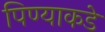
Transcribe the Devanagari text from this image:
पिण्याकडे